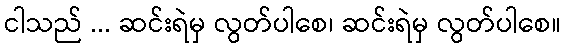
ငါသည် ... ဆင်းရဲမှ လွတ်ပါစေ၊ ဆင်းရဲမှ လွတ်ပါစေ။